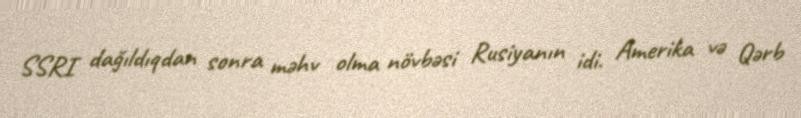
SSRI dağıldıqdan sonra məhv olma növbəsi Rusiyanın idi. Amerika və Qərb